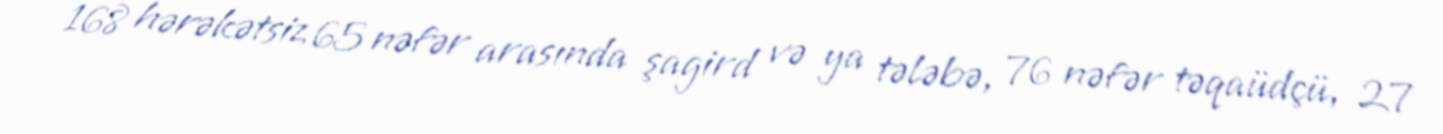
168 hərəkətsiz 65 nəfər arasında şagird və ya tələbə, 76 nəfər təqaüdçü, 27